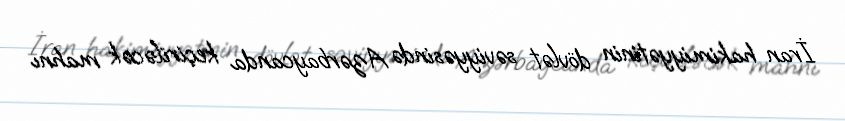
İran hakimiyyətinin dövlət səviyyəsində Azərbaycanda keçiriləcək mahnı